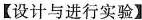
【设计与进行实验】